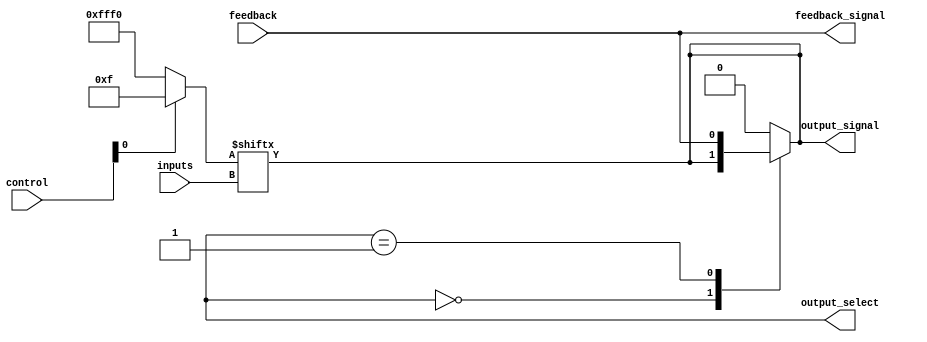
module CLB (
    input wire [3:0] inputs,          // Input signals
    input wire [3:0] control,         // Control signals (for LUT configuration, enable/disable outputs)
    input wire feedback,               // Feedback path input
    output reg [1:0] output_select,   // Output select for multiplexers
    output wire output_signal,         // Output signal
    output wire feedback_signal        // Feedback signal to external logic
);

// Internal LUT for a 4-input function
reg [15:0] LUT; // 4-input LUT can represent 16 different output combinations

// Configuration of LUT based on control signals
always @(*) begin
    // Example: Configure LUT based on control signals
    // This is a simple example; the actual configuration would depend on your application
    if (control[0]) begin
        LUT = 16'b0000000000001111; // Example truth table
    end else begin
        LUT = 16'b1111111111110000; // Another example truth table
    end
end

// Generate output signal based on LUT and inputs
assign output_signal = LUT[inputs];

// Feedback signal
assign feedback_signal = feedback;

// Multiplexer logic to select output based on output_select
always @(*) begin
    case (output_select)
        2'b00: output_signal = LUT[inputs]; // Output from LUT
        2'b01: output_signal = feedback_signal; // Feedback path
        // Additional cases can be added for more outputs
        default: output_signal = 1'b0; // Default case
    endcase
end

endmodule